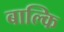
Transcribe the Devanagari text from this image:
बाल्कि